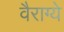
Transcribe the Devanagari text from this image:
वैराग्ये